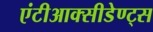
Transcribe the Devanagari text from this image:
एंटीआक्सीडेण्ट्स